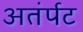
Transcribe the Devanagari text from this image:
अतंर्पट